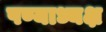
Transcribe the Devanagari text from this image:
पण्याध्यक्ष